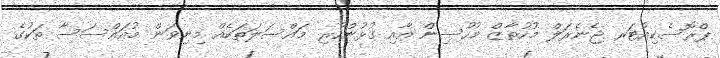
ޕްރޮސެކިއުޓަރ ޖެނެރަލް މުހުތާޒް މުހުސިން އާއި ގުޅުންހުރި މައްސަލަތަކެއް މިނިވަން މުއައްސަސާ ތަކުގެ